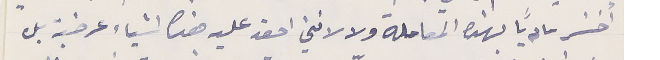
أخسَر مادياً بهذه المعاملة ولا لانني احقد عليه هذه اشياء عرضية بل